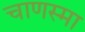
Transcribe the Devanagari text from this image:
चाणस्मा